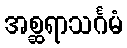
အစ္ဆရာသင်္ဂမံ